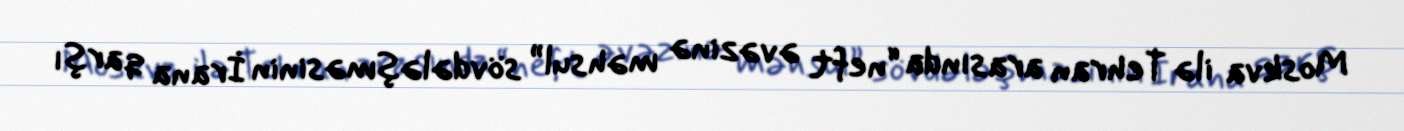
Moskva ilə Tehran arasında “neft əvəzinə məhsul” sövdələşməsinin İrana qarşı